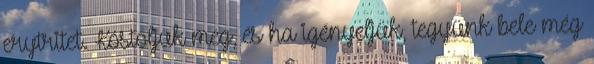
erytritet. Kóstoljuk meg, és ha igényeljük, tegyünk bele még